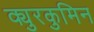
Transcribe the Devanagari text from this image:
क्युरकुमिन